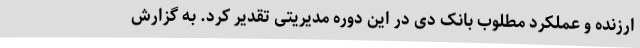
ارزنده و عملکرد مطلوب بانک دی در این دوره مدیریتی تقدیر کرد. به گزارش